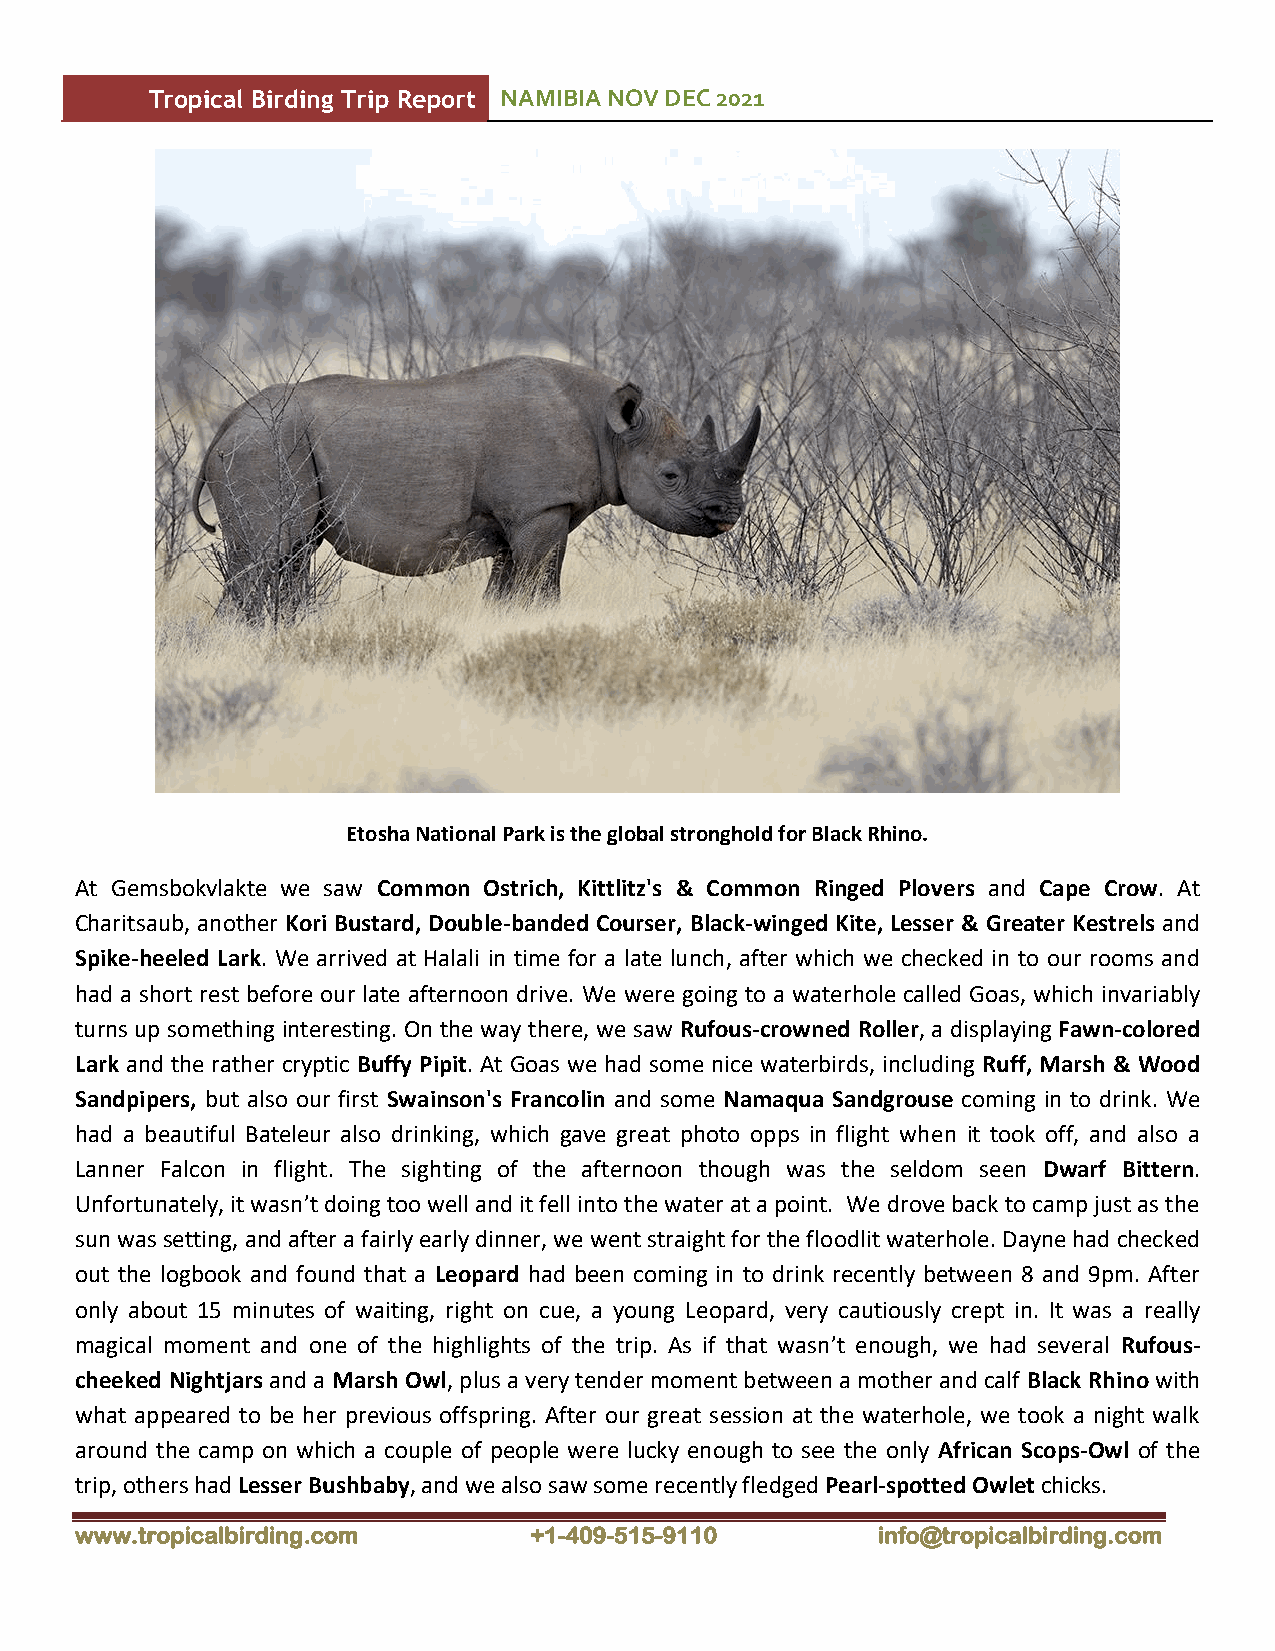
Tropical Birding Trip Report NAMIBIA NOV DEC 2021
 Etosha National Park is the global stronghold for Black Rhino.
 At Gemsbokvlakte we saw Common Ostrich, Kittlitz's & Common Ringed Plovers and Cape Crow. At
 Charitsaub, another Kori Bustard, Double-banded Courser, Black-winged Kite, Lesser & Greater Kestrels and
 Spike-heeled Lark. We arrived at Halali in time for a late lunch, after which we checked in to our rooms and
 had a short rest before our late afternoon drive. We were going to a waterhole called Goas, which invariably
 turns up something interesting. On the way there, we saw Rufous-crowned Roller, a displaying Fawn-colored
 Lark and the rather cryptic Buffy Pipit. At Goas we had some nice waterbirds, including Ruff, Marsh & Wood
 Sandpipers, but also our first Swainson's Francolin and some Namaqua Sandgrouse coming in to drink. We
 had a beautiful Bateleur also drinking, which gave great photo opps in flight when it took off, and also a
 Lanner Falcon in flight. The sighting of the afternoon though was the seldom seen Dwarf Bittern.
 Unfortunately, it wasn’t doing too well and it fell into the water at a point. We drove back to camp just as the
 sun was setting, and after a fairly early dinner, we went straight for the floodlit waterhole. Dayne had checked
 out the logbook and found that a Leopard had been coming in to drink recently between 8 and 9pm. After
 only about 15 minutes of waiting, right on cue, a young Leopard, very cautiously crept in. It was a really
 magical moment and one of the highlights of the trip. As if that wasn’t enough, we had several Rufous-
 cheeked Nightjars and a Marsh Owl, plus a very tender moment between a mother and calf Black Rhino with
 what appeared to be her previous offspring. After our great session at the waterhole, we took a night walk
 around the camp on which a couple of people were lucky enough to see the only African Scops-Owl of the
 trip, others had Lesser Bushbaby, and we also saw some recently fledged Pearl-spotted Owlet chicks.
 www.tropicalbirding.com       +1-409-515-9110        info@tropicalbirding.com